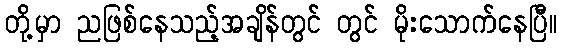
တို့မှာ ညဖြစ်နေသည့်အချိန်တွင် တွင် မိုးသောက်နေပြီ။